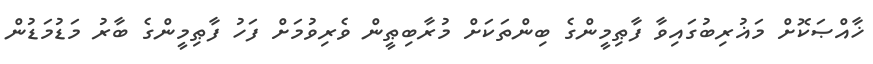
ޚާއްޞަކޮށް މަޣުރިބުގައިވާ ފާޠިމީންގެ ބިންތަކަށް މުރާބިޠީން ވެރިވުމަށް ފަހު ފާޠިމީންގެ ބާރު މަޑުމަޑުން